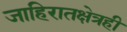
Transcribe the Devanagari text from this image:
जाहिरातक्षेत्रही